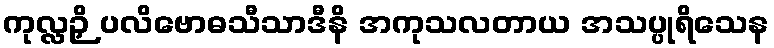
ကုလ္လဉှိ ပလိဗောဓသီသာဒီနိ အကုသလတာယ အသပ္ပုရိသေန